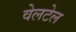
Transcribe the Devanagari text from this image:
वेलटेल